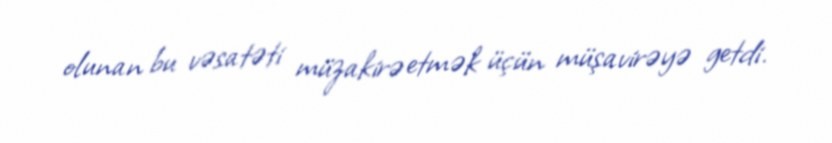
olunan bu vəsatəti müzakirə etmək üçün müşavirəyə getdi.